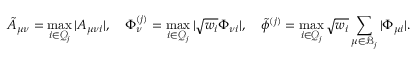
\tilde { A } _ { \mu \nu } = \operatorname* { m a x } _ { i \in \mathcal { Q } _ { j } } \vert A _ { \mu \nu i } \vert , \quad \Phi _ { \nu } ^ { ( j ) } = \operatorname* { m a x } _ { i \in \mathcal { Q } _ { j } } \vert \sqrt { w _ { i } } \Phi _ { \nu i } \vert , \quad \tilde { \phi } ^ { ( j ) } = \operatorname* { m a x } _ { i \in \mathcal { Q } _ { j } } \sqrt { w _ { i } } \sum _ { \mu \in \mathcal { B } _ { j } } \vert \Phi _ { \mu i } \vert .